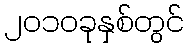
၂၀၁၀ခုနှစ်တွင်